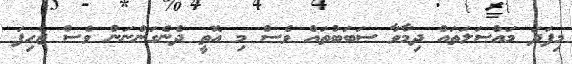
މިފަދަ މައްސަލަތައް ދިމާވާ ސަބަބުތައް ވެސް މި އޮތީ ދެނެގަންނަން ވެސް ޖެހިފަ